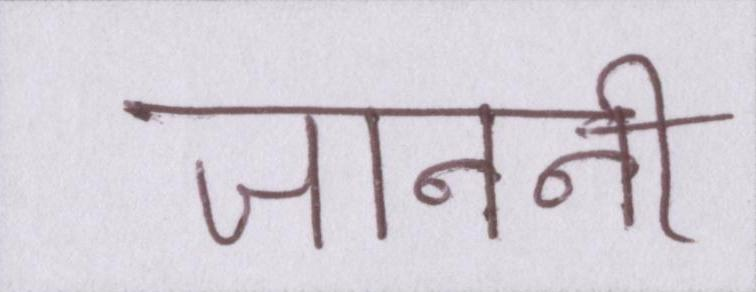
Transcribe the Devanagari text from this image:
जाननी